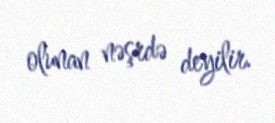
olunan nəşrdə deyilir.